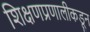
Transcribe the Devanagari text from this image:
शिक्षणप्रणालीकडून